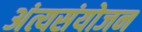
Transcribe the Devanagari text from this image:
अंत्यसंयोजन